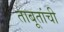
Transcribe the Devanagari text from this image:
ताबूतांची